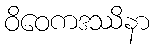
ဝိဝေကဒဿိနာ